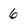
Character: 6